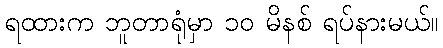
ရထားက ဘူတာရုံမှာ ၁၀ မိနစ် ရပ်နားမယ်။